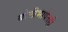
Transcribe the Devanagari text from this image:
बोलीभाषेतही